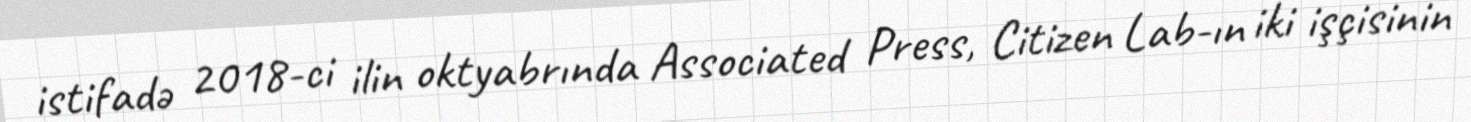
istifadə 2018-ci ilin oktyabrında Associated Press, Citizen Lab-ın iki işçisinin